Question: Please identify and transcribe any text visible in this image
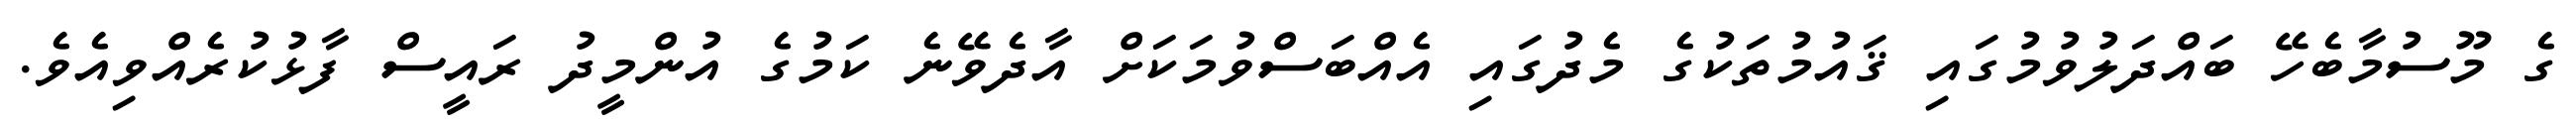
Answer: ގެ މޫސުމާބެހޭ ބައްދަލުވުމުގައި ޤައުމުތަކުގެ މެދުގައި އެއްބަސްވުމަކަށް އާދެވޭނެ ކަމުގެ އުންމީދު ރައީސް ފާޅުކުރެއްވިއެވެ.